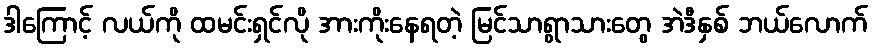
ဒါကြောင့် လယ်ကို ထမင်းရှင်လို အားကိုးနေရတဲ့ မြင်သာရွာသားတွေ အဲဒီနှစ် ဘယ်လောက်